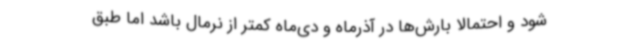
شود و احتمالا بارش‌ها در آذرماه و دی‌ماه کمتر از نرمال باشد اما طبق